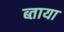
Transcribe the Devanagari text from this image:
ब्ताया